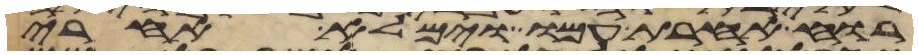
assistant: רוח אחרת עמו וימלא אחרי